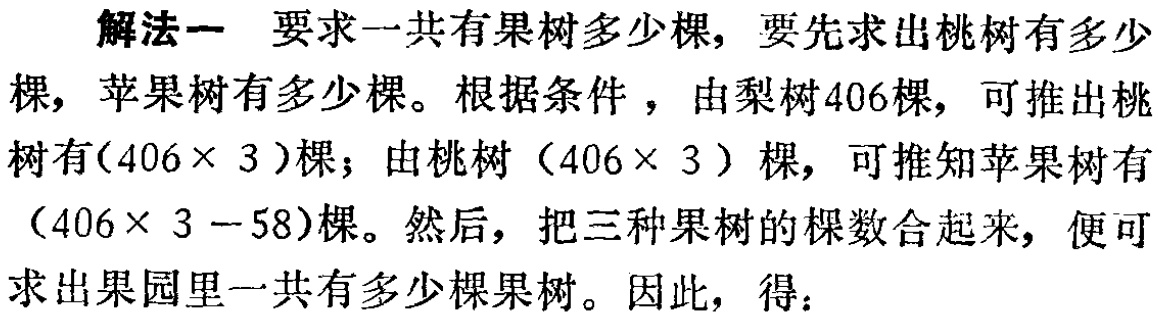
解法一 要求一共有果树多少棵，要先求出桃树有多少棵，苹果树有多少棵。根据条件 ，由梨树406棵，可推出桃树有\((406\times 3)\)棵；由桃树\((406\times 3)\)棵，可推知苹果树有\((406\times 3 - 58)\)棵。然后，把三种果树的棵数合起来，便可求出果园里一共有多少棵果树。因此，得：